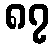
၈၇